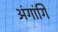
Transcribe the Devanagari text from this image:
अंगांगि